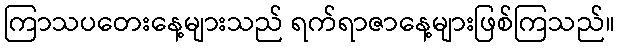
ကြာသပတေးနေ့များသည် ရက်ရာဇာနေ့များဖြစ်ကြသည်။